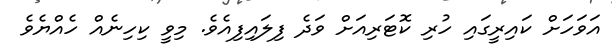
އަވަހަށް ކައިރީގައި ހުރި ކޮޓަރިއަށް ވަދެ ފިލައިފިއެވެ. މިވީ ކިހިނެއް ހެއްޔެވެ